Indian journal of veterinary science and animal husbandry - Volumes 24-25, 1954-1955
Year: 1954
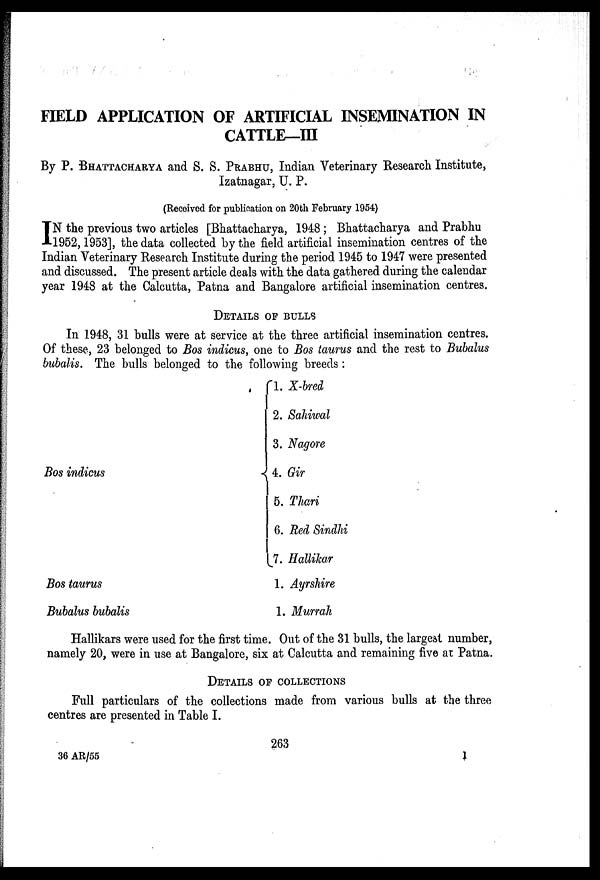
FIELD APPLICATION OF ARTIFICIAL INSEMINATION IN
CATTLE—III
By P. BHATTACHARYA and S. S. PRABHU, Indian Veterinary Research Institute,
Izatnagar, U. P.
(Received for publication on 20th February 1954)
I N the previous two articles [Bhattacharya, 1948; Bhattacharya and Prabhu
1952, 1953], the data collected by the field artificial insemination centres of the
Indian Veterinary Research Institute during the period 1945 to 1947 were presented
and discussed. The present article deals with the data gathered during the calendar
year 1948 at the Calcutta, Patna and Bangalore artificial insemination centres.
DETAILS OF BULLS
In 1948, 31 bulls were at service at the three artificial insemination centres.
Of these, 23 belonged to Bos indicus, one to Bos taurus and the rest to Bubalus
bubalis. The bulls belonged to the following breeds:
Bos indicus
Bos taurus
Bubalus bubalis
1. X-bred
2. Sahiwal
3. Nagore
4. Gir
5. Thari
6. Red Sindhi
7. Hallikar
1. Ayrshire
1. Murrah
Hallikars were used for the first time. Out of the 31 bulls, the largest number,
namely 20, were in use at Bangalore, six at Calcutta and remaining five at Patna.
DETAILS OF COLLECTIONS
Full particulars of the collections made from various bulls at the three
centres are presented in Table I.
263
36 AR/55
1